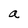
Character: a